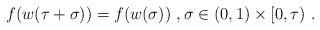
LaTeX: \begin{align*}f(w(\tau+\sigma))=f(w(\sigma))\ , \sigma\in(0,1)\times[0,\tau)\ .\end{align*}